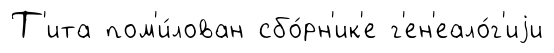
Т'ита пом'и́лован сбо́рн'ик'е г'ен'еало́г'иjи